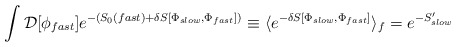
\begin{align*}\int {\cal D}[\phi_{fast}]e^{-(S_0(fast) + \delta S [\Phi_{slow},\Phi_{fast}])} \equiv \langle e^{- \delta S[\Phi_{slow}, \Phi_{fast}]}\rangle_f = e^{-S'_{slow}}\end{align*}